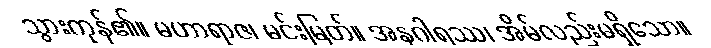
သွားကုန်၏။ မဟာရာဇ၊ မင်းမြတ်။ အနဂါရဿ၊ အိမ်လည်းမရှိသော။